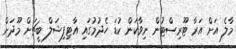
މާލެ އަށް އަރާ ޓޫރިސްޓުން ނިވާކަން ކުޑަ ހެދުމުގައި އާޓިފިޝަލް ބީޗަށް މޫދަށް